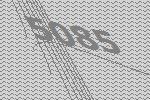
5085